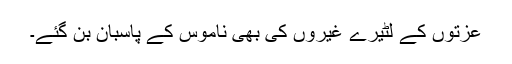
عزتوں کے لٹیرے غیروں کی بھی ناموس کے پاسبان بن گئے۔